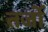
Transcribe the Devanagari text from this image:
तर्जो